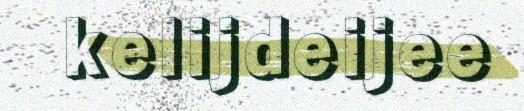
kelijdeijee